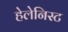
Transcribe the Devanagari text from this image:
हेलेनिस्ट